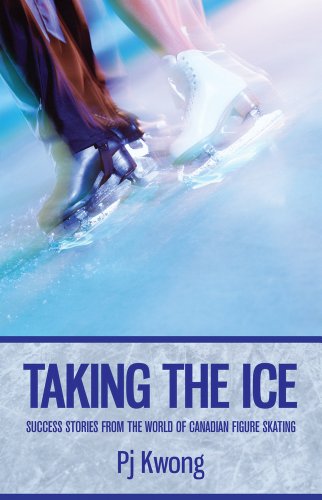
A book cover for Taking the Ice: Success Stories from the World of Canadian Figure Skating; Pj Kwong; Sports & Outdoors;